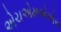
એચએમએએસ